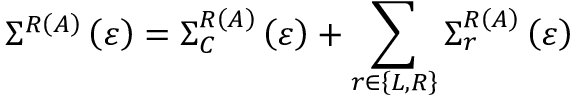
{ { \Sigma } } ^ { R \left( A \right) } \left( { \varepsilon } \right) = { { \Sigma } } _ { C } ^ { R \left( A \right) } \left( { \varepsilon } \right) + \sum _ { r { \in } \left\{ L , R \right\} } { { { \Sigma } } _ { r } ^ { R \left( A \right) } \left( { \varepsilon } \right) }